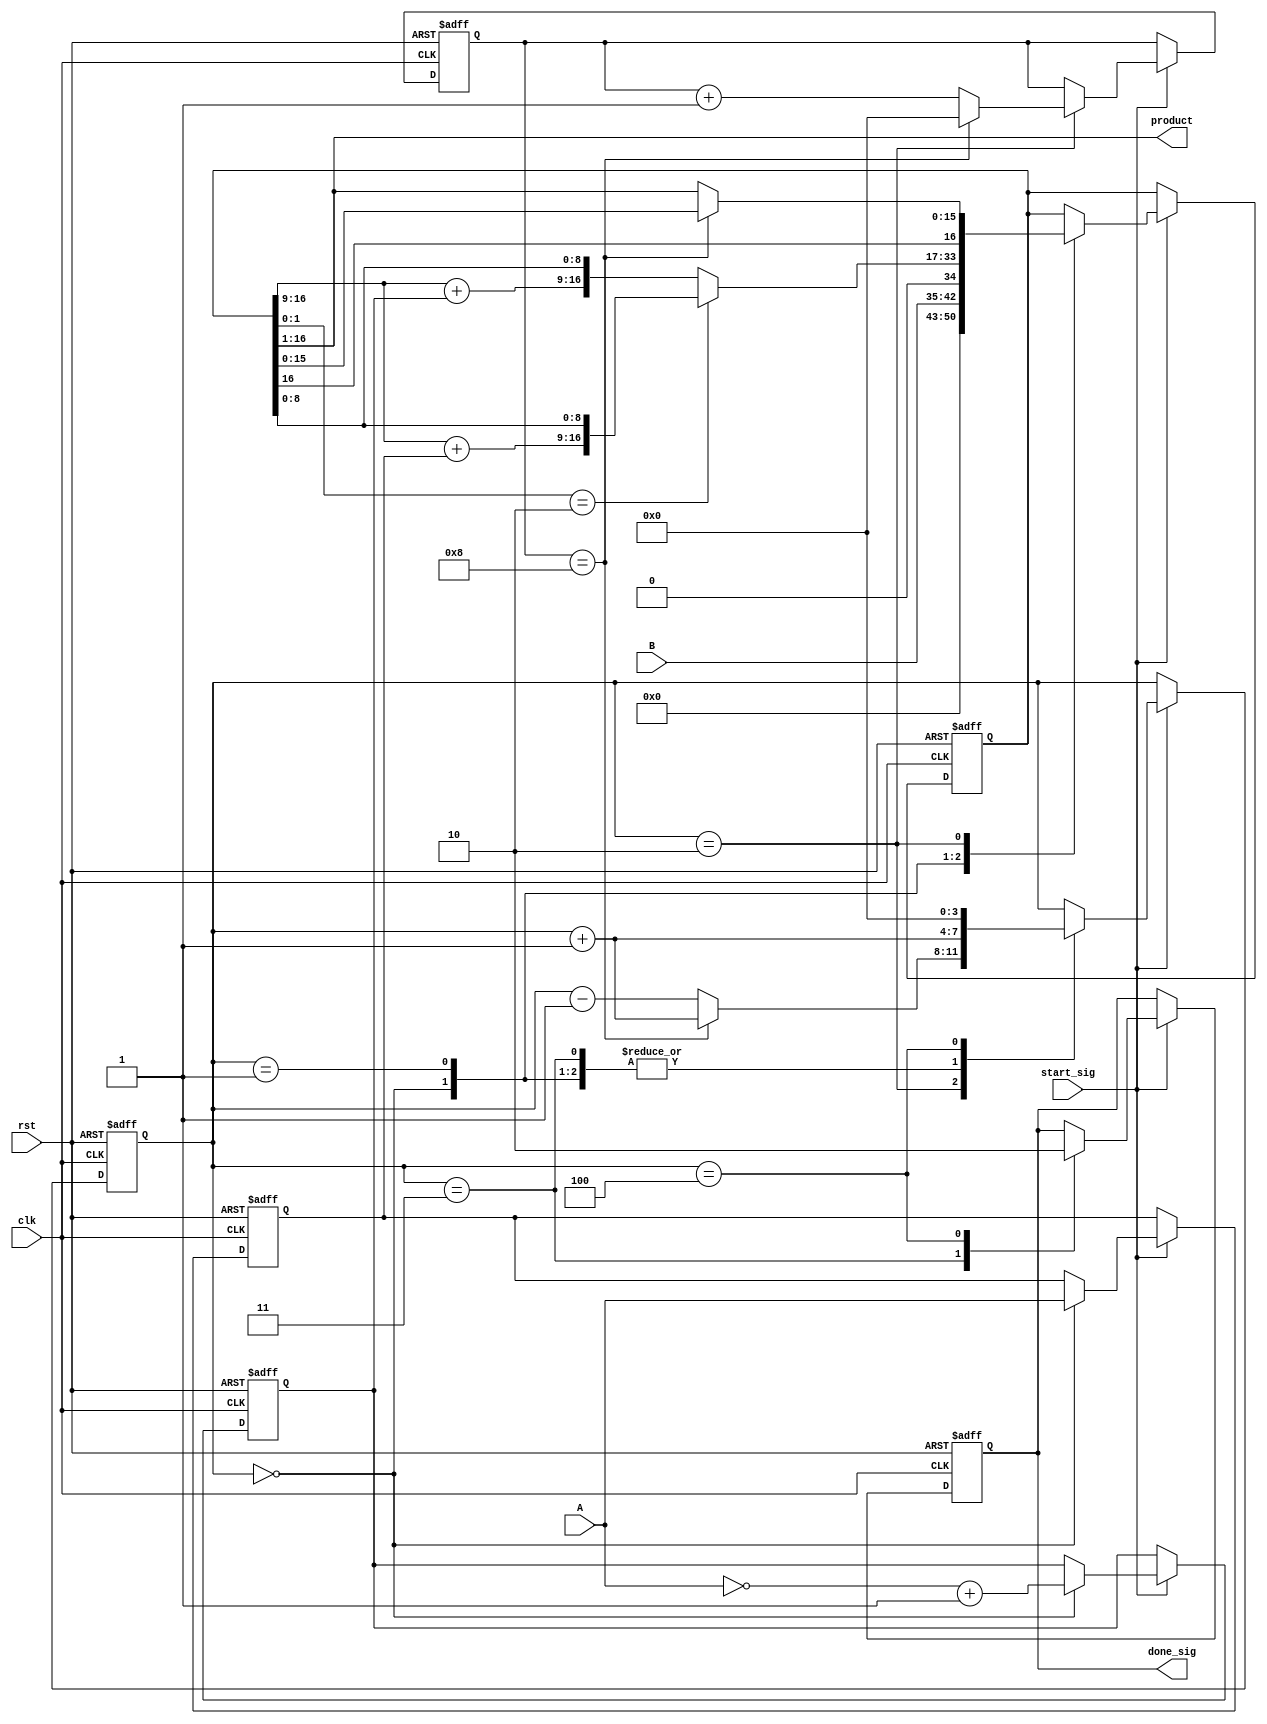
`timescale 1ns / 1ps
//////////////////////////////////////////////////////////////////////////////////
// Company: 
// Engineer: 
// 
// Design Name: 
// Module Name: booth_multiplier
// Project Name: 
// Target Devices: 
// Tool Versions: 
// Description: 
// 
// Dependencies: 
// 
// Revision:
// Revision 0.01 - File Created
// Additional Comments:
// 
//////////////////////////////////////////////////////////////////////////////////


module booth_multiplier(
input clk,
input rst,

input start_sig,
input [7:0]A,
input [7:0]B,

output done_sig,
output [15:0]product
    );
    
    reg [3:0]i;//i
    reg [7:0]a;//a=A;
    reg [7:0]_a;//_a
    reg [16:0]p;//pp
    reg [3:0]x;//x
    reg flag;
    
    always@(posedge clk or negedge rst)
        if(!rst)
            //
            begin
                i<=4'b0;
                a<=8'b0;
                _a<=8'b0;
                p<=17'b0;
                x<=4'b0;
                flag<=1'b0;
                  end
        else if (start_sig)
            case(i)
                0:
                    begin
                    a<=A;
                    _a<=(~A +1'b1);
                    p<={8'd0 , B , 1'b0};
                    i<=i+1'b1;                
                    end
                1:
                    begin
                        if(p[1:0]==2'b10)
                            p<= {p[16:9] +a ,p[8:0]};
                         else
                            p<={p[16:9]+_a,p[8:0]};     
                          
                          i<=i+1'b1;                       
                    end
                2:
                    begin
                        if(x==8)
                            begin
                                x<=4'b0;
                                i<=i+1'b1;
                            end
                         else begin
                            p<={p[16],p[16:1]};
                            x<=x+1'b1;
                            i<=i-1'b1;  
                         end                           
                    end
                3:
                    begin flag <= 1'b1;i<=i+1'b1;end
                4:
                    begin flag<=1'b0; i<=4'b0; end
             endcase
     assign done_sig = flag;
     assign product = p[16:1];
        
endmodule